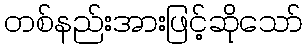
တစ်နည်းအားဖြင့်ဆိုသော်